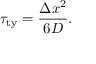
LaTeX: \tau _ { \mathrm { { t y } } } = { \frac { \Delta x ^ { 2 } } { 6 D } } .